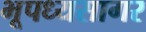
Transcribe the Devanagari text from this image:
भूपध्यसागर